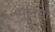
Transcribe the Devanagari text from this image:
मुनियाँ